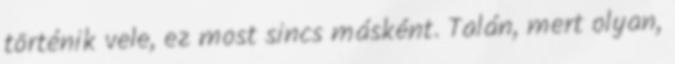
történik vele, ez most sincs másként. Talán, mert olyan,